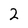
Character: 2